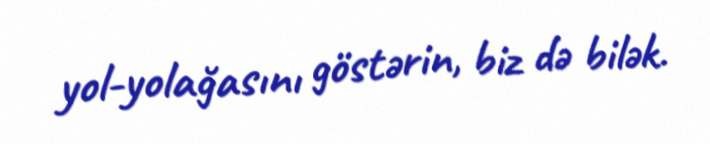
yol-yolağasını göstərin, biz də bilək.